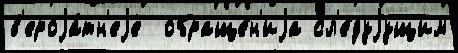
в'ероjа́тн'еjе  обраще́н'иjа сл'е́дуjущим